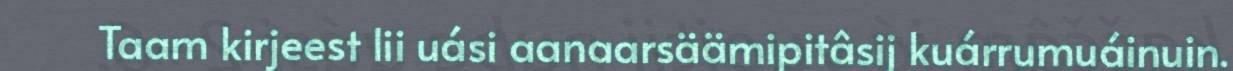
Taam kirjeest lii uási aanaarsäämipitâsij kuárrumuáinuin.